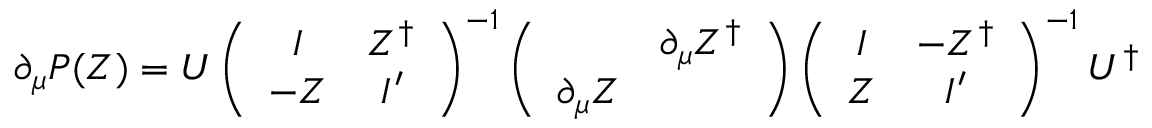
\partial _ { \mu } P ( Z ) = U \left( \begin{array} { c c } { { I } } & { { Z ^ { \dag } } } \\ { { - Z } } & { { I ^ { \prime } } } \end{array} \right) ^ { - 1 } \left( \begin{array} { c c } { { } } & { { \partial _ { \mu } Z ^ { \dag } } } \\ { { \partial _ { \mu } Z } } & { { } } \end{array} \right) \left( \begin{array} { c c } { { I } } & { { - Z ^ { \dag } } } \\ { { Z } } & { { I ^ { \prime } } } \end{array} \right) ^ { - 1 } U ^ { \dag }